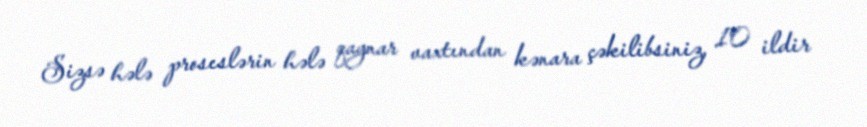
Sizsə hələ proseslərin hələ qaynar vaxtından kənara çəkilibsiniz, 10 ildir